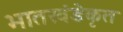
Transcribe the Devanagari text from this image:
भातखंडेकृत